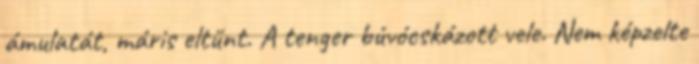
ámulatát, máris eltűnt. A tenger búvócskázott vele. Nem képzelte